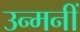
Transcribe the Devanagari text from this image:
उन्मनीं